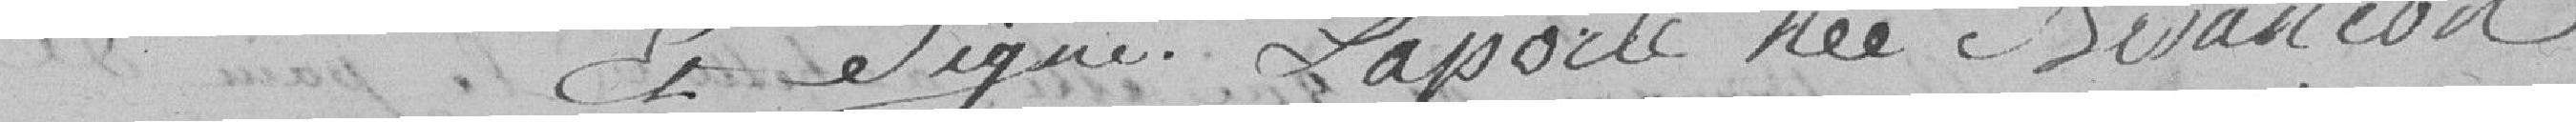
et signé Laporte née Sevancon